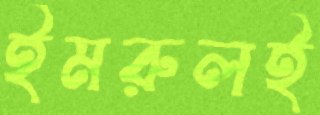
ইমরুলই